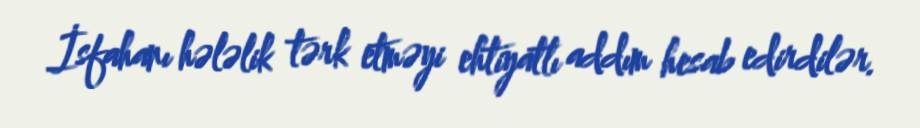
İsfahanı hələlik tərk etməyi ehtiyatlı addım hesab edirdilər.